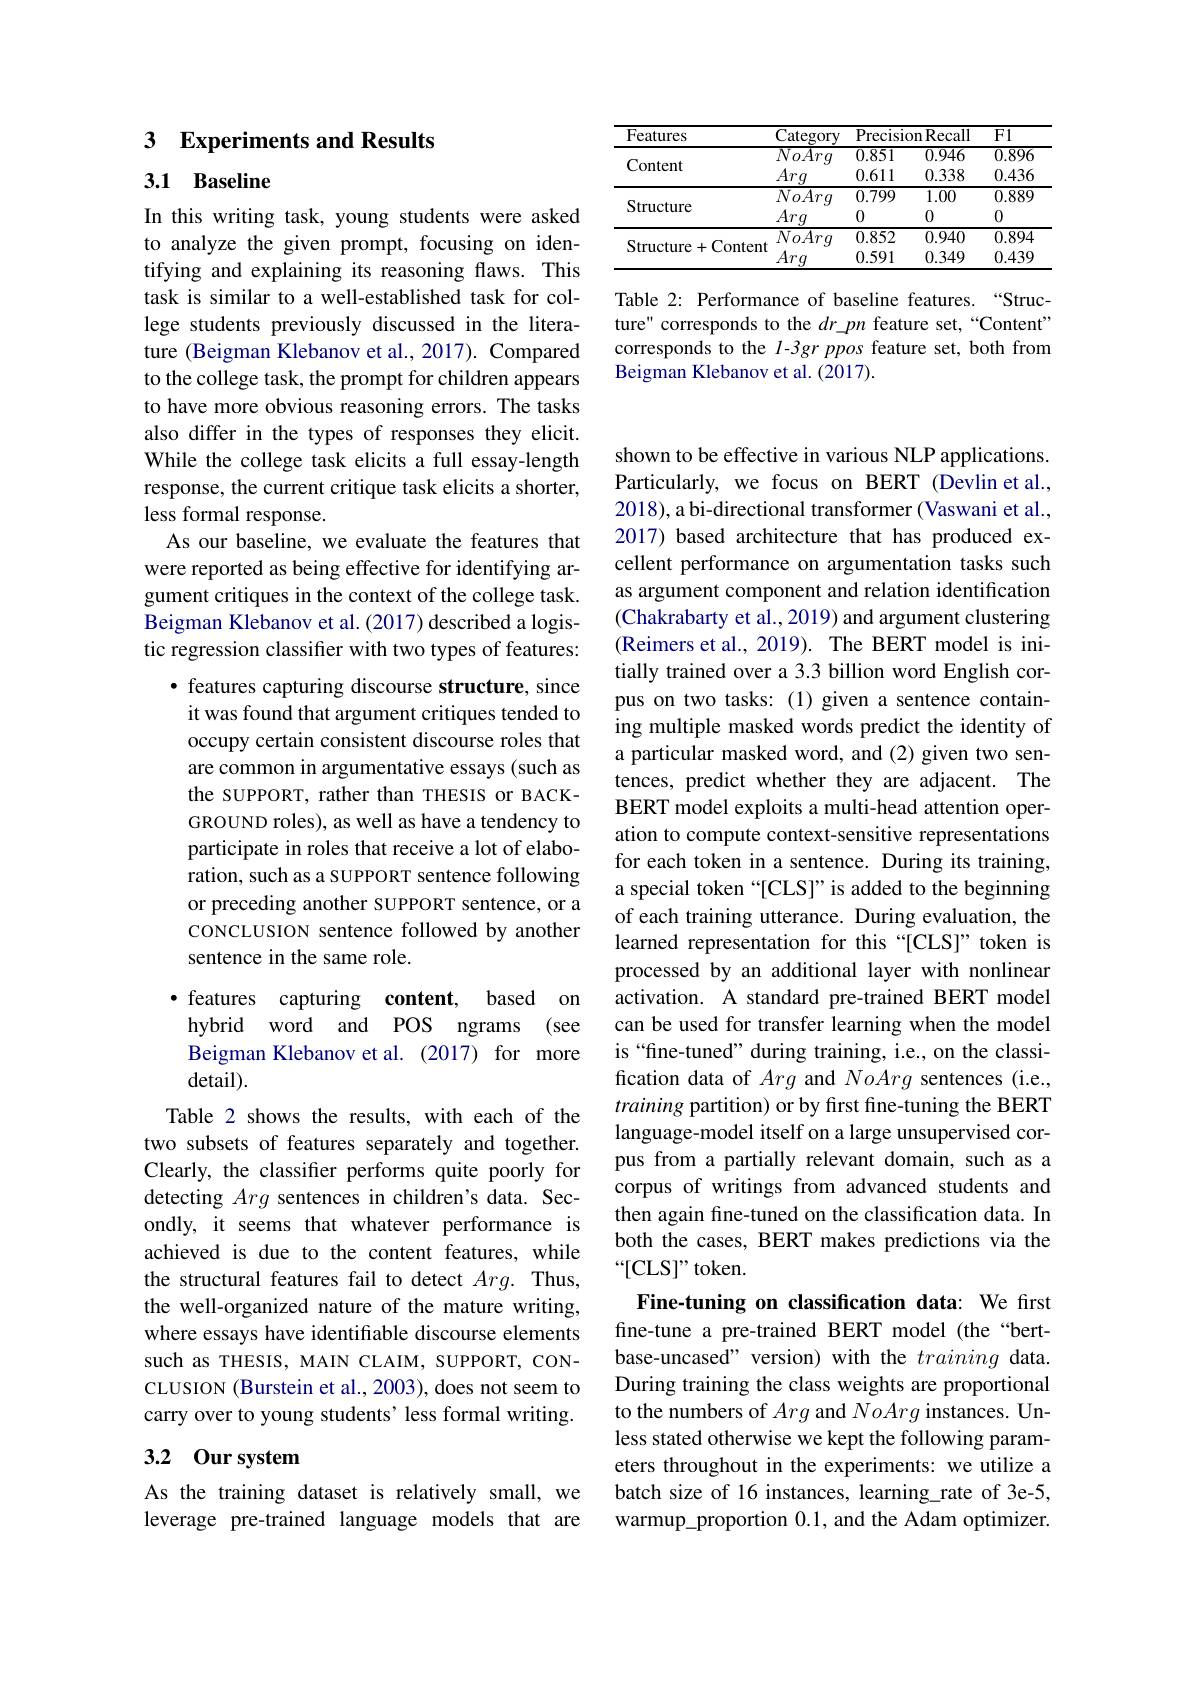
## 3 Experiments and Results

3.1 Baseline

In this writing task, young students were asked to analyze the given prompt, focusing on identifying and explaining its reasoning flaws. This task is similar to a well-established task for college students previously discussed in the literature (Beigman Klebanov et al., 2017). Compared to the college task, the prompt for children appears to have more obvious reasoning errors. The tasks also differ in the types of responses they elicit. While the college task elicits a full essay-length response, the current critique task elicits a shorter, less formal response.
As our baseline, we evaluate the features that were reported as being effective for identifying argument critiques in the context of the college task. Beigman Klebanov et al. (2017) described a logistic regression classifier with two types of features:
· features capturing discourse structure, since it was found that argument critiques tended to occupy certain consistent discourse roles that are common in argumentative essays (such as the SUPPORT, rather than THESIS or BACKGROUND roles), as well as have a tendency to participate in roles that receive a lot of elaboration, such as a SUPPORT sentence following or preceding another SUPPORT sentence, or a cONCLUSION sentence followed by another sentence in the same role.
features capturing content, based on hybrid word and POS ngrams (see

Beigman Klebanov et al. (2017) for more

detail).

Table 2 shows the results, with each of the two subsets of features separately and together. Clearly, the classifer performs quite poorly for detecting Arg sentences in children's data. Secondly, it seems that whatever performance is achieved is due to the content features, while the structural features fail to detect $Arg.$ Thus, the well-organized nature of the mature writing, where essays have identifiable discourse elements such as THESIS, MAIN CLAIM, SUPPORT, CONCLUSION (Burstein et al., 2003), does not seem to carry over to young students' less formal writing.

# 3.2 Our system

As the training dataset is relatively small, we leverage pre-trained language models that are

<table>
	<tbody>
		<tr>
			<th>Features</th>
			<th>Category</th>
			<th colspan="2">Precision Recall</th>
			<th>F1</th>
		</tr>
		<tr>
			<th> </th>
			<th>$\overline{NoArg}$</th>
			<th>$\overline{0.851}$</th>
			<th>$\overline{0.946}$</th>
			<th>$\overline{0.896}$</th>
		</tr>
		<tr>
			<td>Content</td>
			<td>$\overline{No\bar{Arg}}$ $\underline{Arg}$</td>
			<td>$\overline{0.851}$ 0.611</td>
			<td>0.946 0.338</td>
			<td>$\overline{0.896}$ 0.436</td>
		</tr>
		<tr>
			<td>Content</td>
			<td>Arg</td>
			<td>0.611</td>
			<td>0.338</td>
			<td>0.436</td>
		</tr>
		<tr>
			<td rowspan="2">Structure</td>
			<td>$\overline{NoArg}$</td>
			<td>0.799</td>
			<td>1.00</td>
			<td>0.889</td>
		</tr>
		<tr>
			<td>Arg</td>
			<td>0</td>
			<td>0</td>
			<td>0</td>
		</tr>
		<tr>
			<td rowspan="2">Structure+Content</td>
			<td>$\overline{NoArg}$</td>
			<td>0.852</td>
			<td>0.940</td>
			<td>0.894</td>
		</tr>
		<tr>
			<td>Arg</td>
			<td>0.591</td>
			<td>0.349</td>
			<td>0.439</td>
		</tr>
	</tbody>
</table>

Table 2: Performance of baseline features.“Structure" corresponds to the $dr\_pn$ feature set,“Content" corresponds to the l-3gr ppos feature set, both from Beigman Klebanov et al. (2017).

shown to be effective in various NLP applications. Particularly, we focus on BERT (Devlin et al., 2018), a bi-directional transformer (Vaswani et al., 2017) based architecture that has produced excellent performance on argumentation tasks such as argument component and relation identification (Chakrabarty et al., 2019) and argument clustering (Reimers et al., 2019). The BERT model is initially trained over a 3.3 billion word English corpus on two tasks: (1) given a sentence containing multiple masked words predict the identity of a particular masked word, and (2) given two sentences, predict whether they are adjacent. The BERT model exploits a multi-head attention operation to compute context-sensitive representations for each token in a sentence. During its training, a special token “[CLS]” is added to the beginning of each training utterance. During evaluation, the learned representation for this “[CLS]” token is processed by an additional layer with nonlinear activation. A standard pre-trained BERT model can be used for transfer learning when the model is“fine-tuned” during training, i.e., on the classification data of Arg and NoArg sentences (i.e., training partition) or by first fine-tuning the BERT language-model itself on a large unsupervised corpus from a partially relevant domain, such as a corpus of writings from advanced students and then again fine-tuned on the classification data. In both the cases, BERT makes predictions via the “[CLS]”token.
Fine-tuning on classification data: We frst fine-tune a pre-trained BERT model (the“bert-

base-uncased" version) with the training data. During training the class weights are proportional to the numbers of Arg and NoArg instances. Unless stated otherwise we kept the following parameters throughout in the experiments: we utilize a batch size of 16 instances, learning\_rate of 3e-5, warmup\_proportion 0.1, and the Adam optimizer.